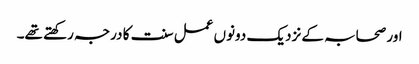
اور صحابہ کے نزدیک دونوں عمل سنت کا درجہ رکھتے تھے۔